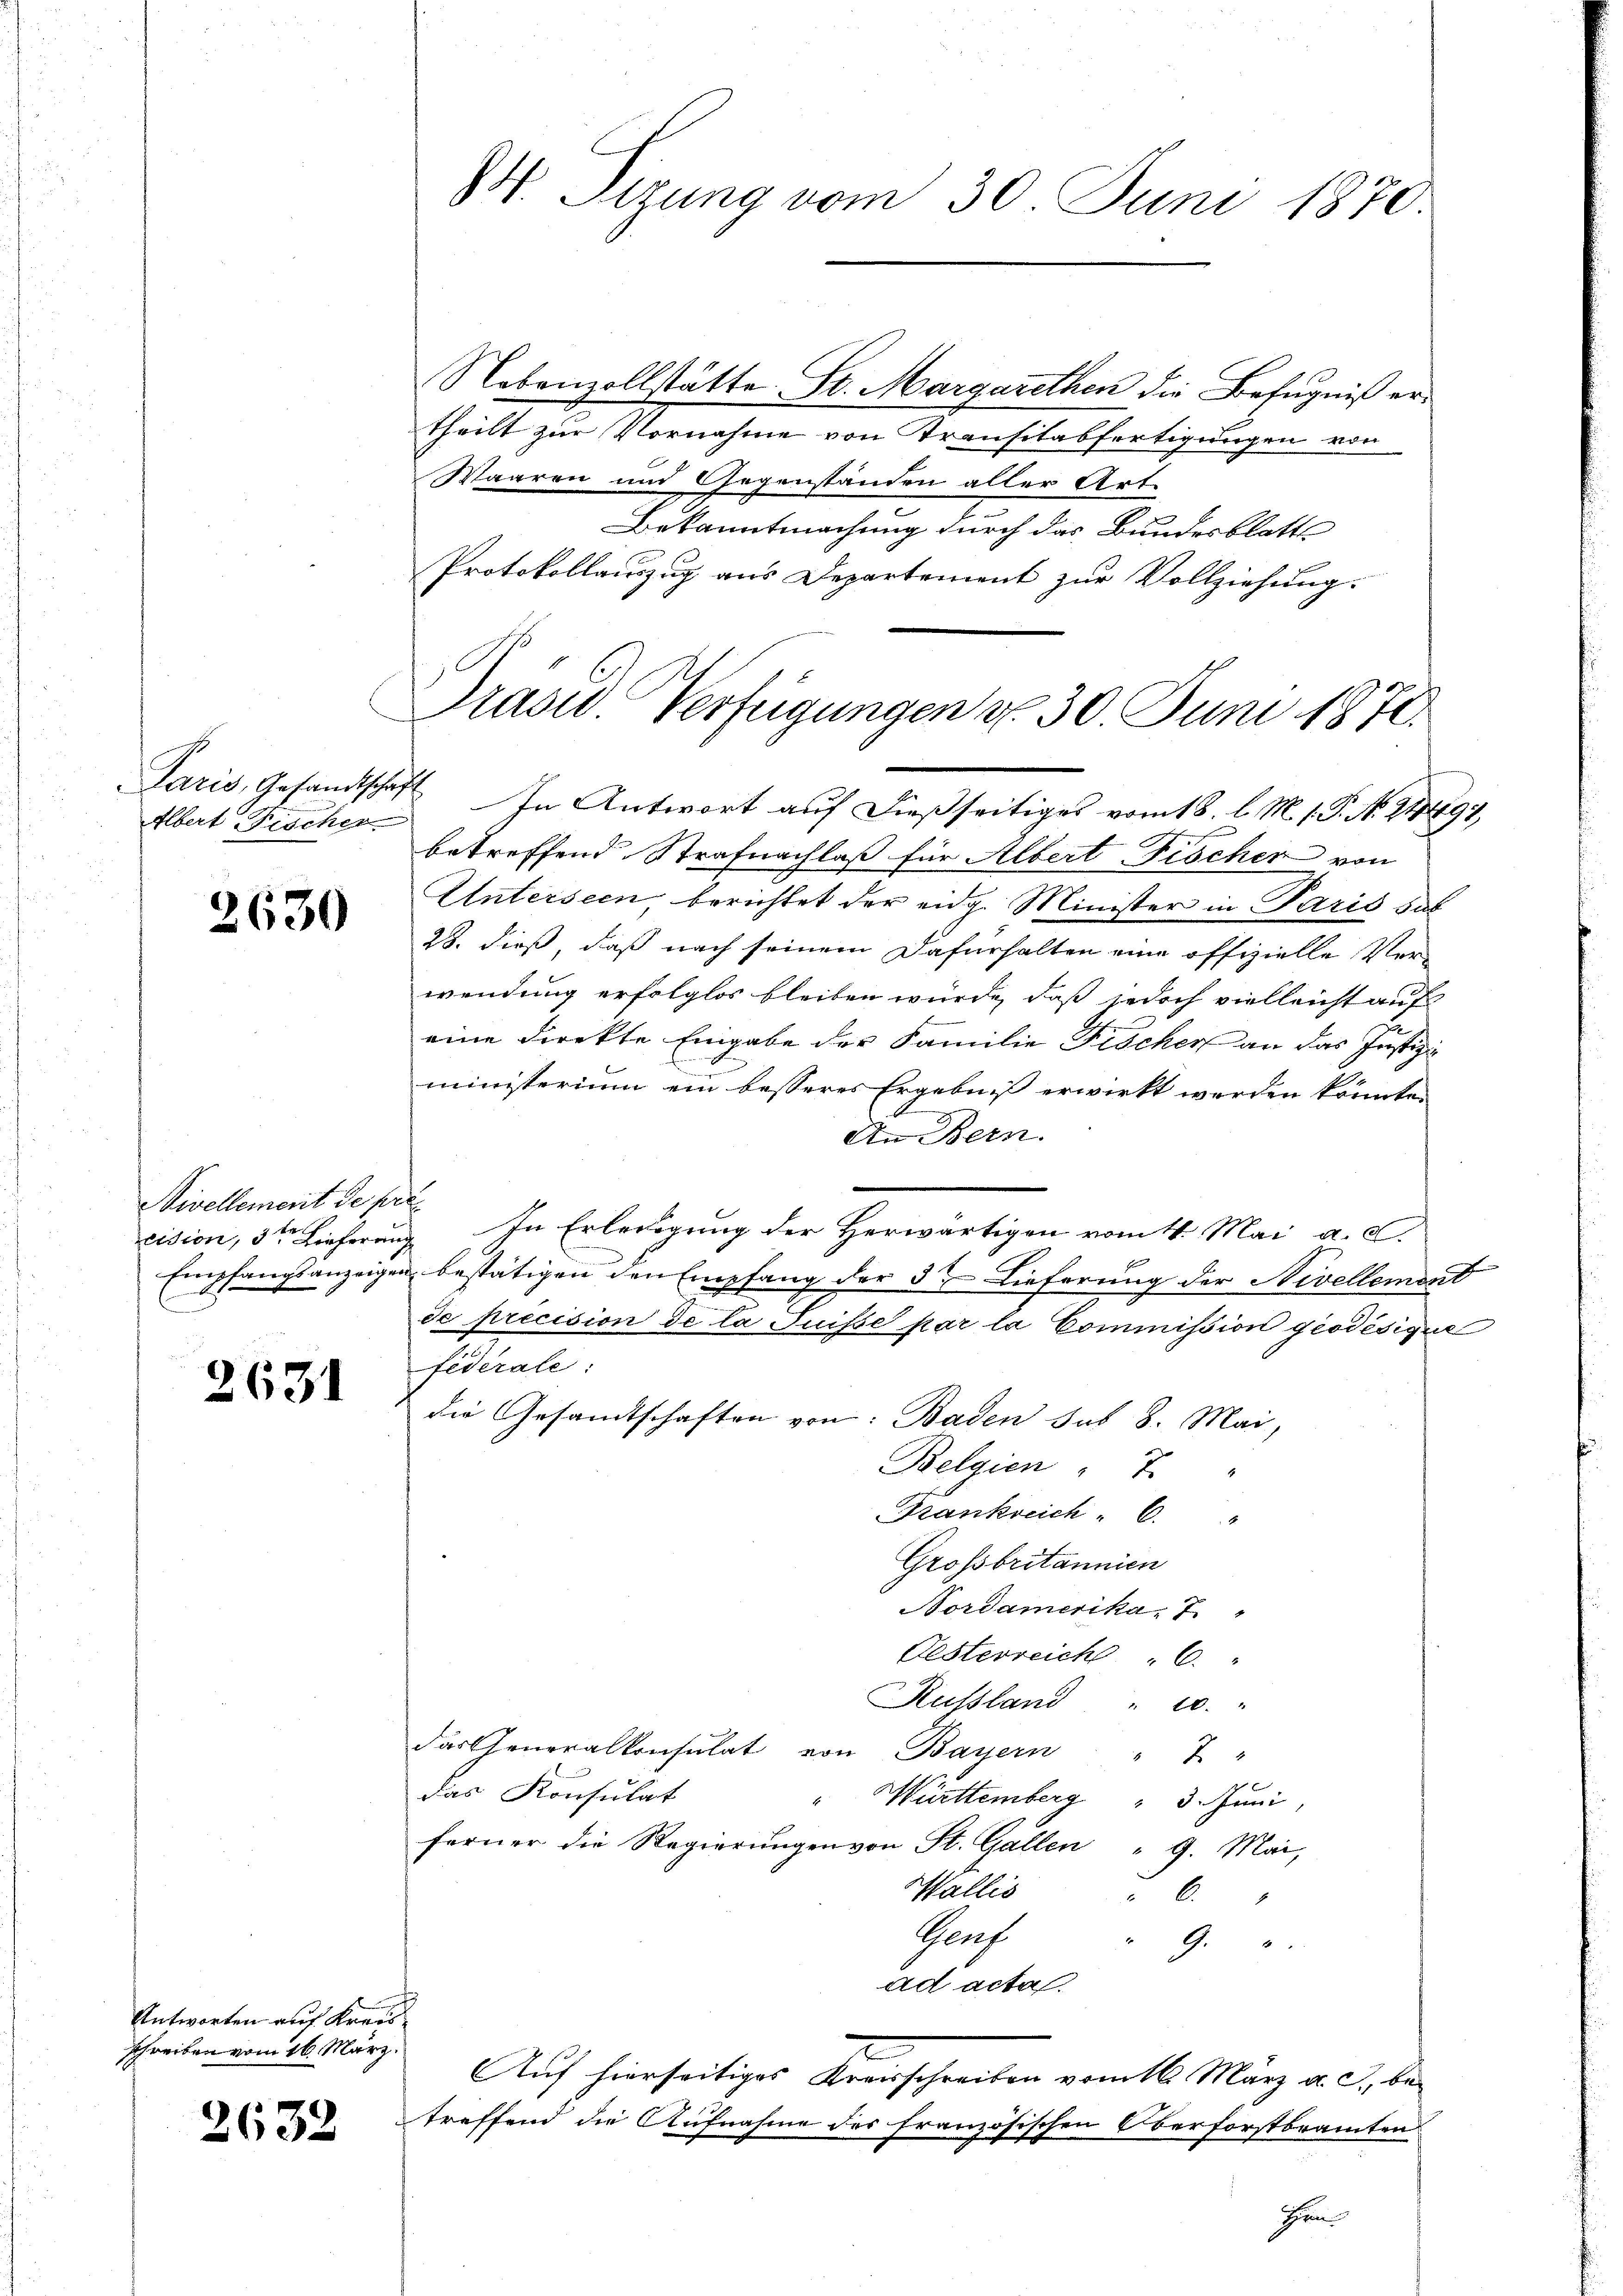
Elbert Fischer

2630

Nivellement de pré

2631

Antworten auf Kreis
schreiben vom 16. März.

2632

theilt zur Vornahme von Transitabfertigungen von
Waaren und Gegenständen aller Art.
Bekanntmachung durch das Bundesblatte
Protokollauszug aus Departement zur Vollziehung.

Paris, Gesandtschaft In Antwort auf dießseitiges vom 18. l. M. 1. P. No. 24897,
betreffend Strafnachlaß für Albert Fischer von
Unterseen, berichtet der eidg. Minister in Paris das
28. dieß, daß nach seinem Dafürhalten eine offizielle Ver-
wendung erfolglos bleiben würde, daß jedoch vielleicht auf
eine direkte Eingabe der Familie Fischer an das Justiz
ministerium ein besseres Ergebniß erwirkt werden könnte.
An Bern.
cision, 3ten Lieferung. In Erledigung der Herwärtigen vom 4. Mai a. c.
Empfangsanzeigen bestätigen den Empfang der der Lieferung der Nivellement
de précision de la Suisse par la Commission geodésique
federale:
die Gesandtschaften von: Baden sub 8. Mai,
Belgien
Frankreich " 6.
Grossbritannien
Nordamerika. 7
Oesterreich
Russland
10.
das Generalkonsulat von Bayern
7
das Konsulat
Württemberg " 3. Juni,
ferner die Regierungen von St. Gallen " 9. Mai,
Wallis
6
Gaf
9.
ad acta.
e
Auf hierseitiges Kreisschreiben vom 16. März a. c., betreffend die Aufnahme des französischen Oberforstbramten

84. Sizung vom 30. Juni 1870.

Nebenzollstätte St. Margarethen die Befugniß er-

Präsid. Verfügungen d. 30. Juni 1874.

Heren